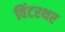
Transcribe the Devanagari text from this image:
विंटरथर